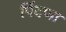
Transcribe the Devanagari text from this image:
पिंदणा